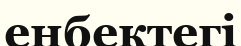
енбектегі